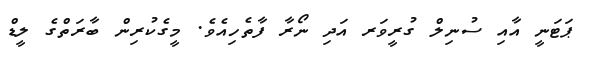
ޕަޓަނީ އާއި ސުނިލް ގުރީވަރ އަދި ނޯރާ ފާތެހިއެވެ. މީގެކުރިން ބާރަތްގެ ލީޑް